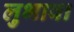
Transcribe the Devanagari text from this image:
लुभावा